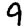
Digit: 9